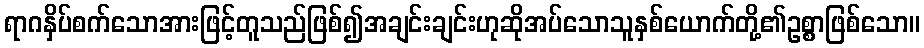
ရာဂနှိပ်စက်သောအားဖြင့်တူသည်ဖြစ်၍အချင်းချင်းဟုဆိုအပ်သောသူနှစ်ယောက်တို့၏ဥစ္စာဖြစ်သော။